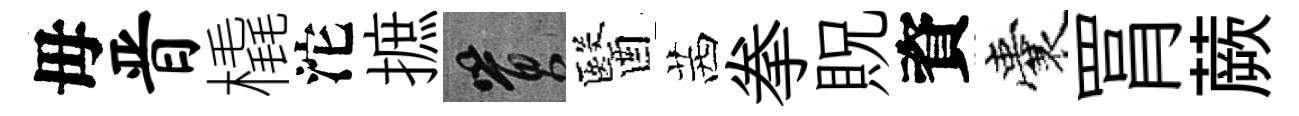
毋晋橇沱摭篔醫茜拳貺資囊罥蕨